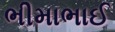
ભીમાભાઈ